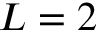
L = 2